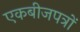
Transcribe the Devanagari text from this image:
एकबीजपत्रों